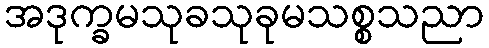
အဒုက္ခမသုခသုခုမသစ္စသညာ